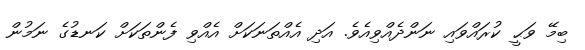
ބިމޭ ވަޙީ ކުރައްވައި ނަންދެއްވިއެވެ. އަދި އެއްތަނަކަށް އެއްވި ފެންތަކަށް ކަނޑުގެ ނަމުން